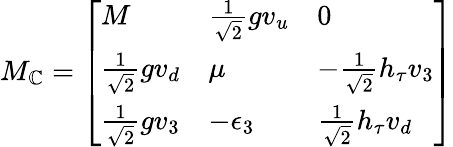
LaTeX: {M_{\mathbb{C}}}=\left[\begin{array}{lll}{{M}}&{{{\textstyle{\frac{1}{\sqrt{2}}}}gv_{u}}}&{{0}}\\ {{{\textstyle{\frac{1}{\sqrt{2}}}}gv_{d}}}&{{\mu}}&{{-{\textstyle{\frac{1}{\sqrt{2}}}}h_{\tau}v_{3}}}\\ {{{\textstyle{\frac{1}{\sqrt{2}}}}gv_{3}}}&{{-\epsilon_{3}}}&{{{\textstyle{\frac{1}{\sqrt{2}}}}h_{\tau}v_{d}}}\end{array}\right]